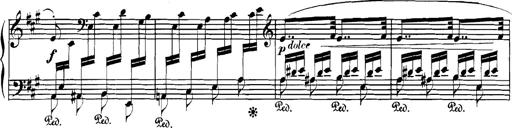
Title: Spinnerlied aus dem Fliegenden HollÃ¤nder
Composer: Franz Liszt